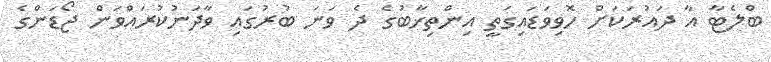
ބްލެޓާ އާ ދައުރަކަށް ހޮވިވަޑައިގަތީ އިންތިޚާބުގެ ދެ ވަނަ ބުރުގައި ވާދަނުކުރައްވަން ޖޯޑަންގެ